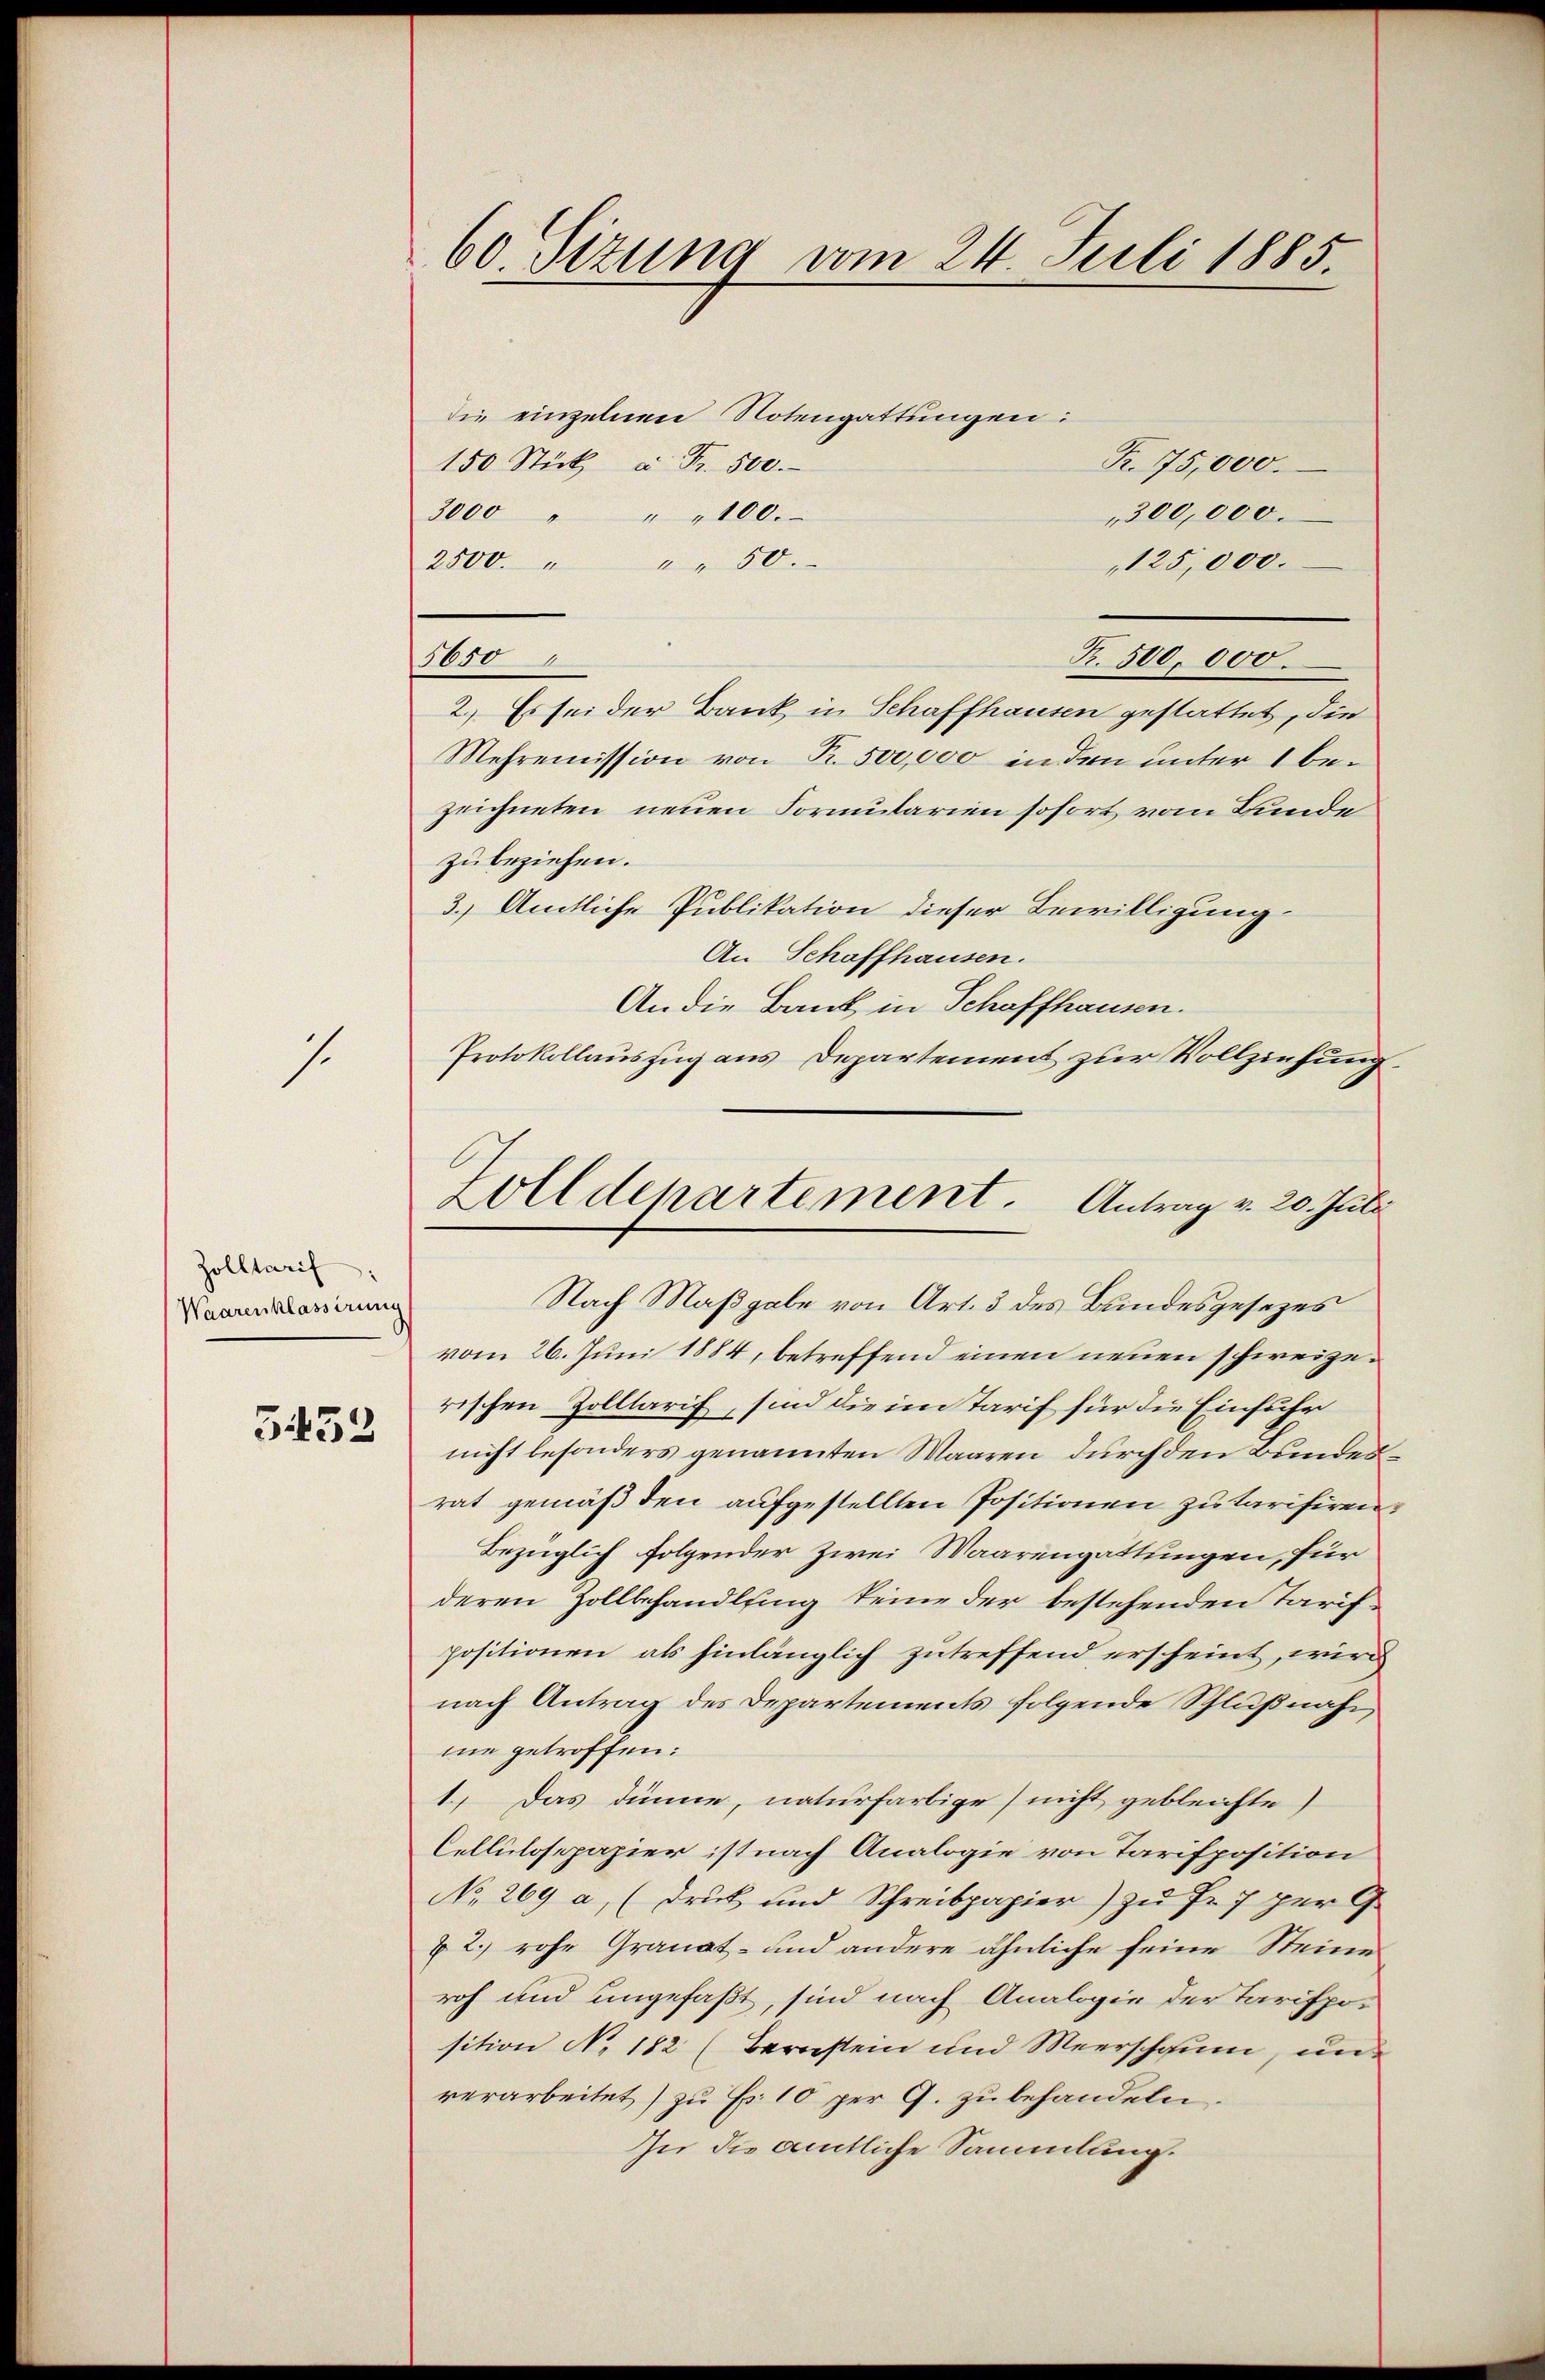
7.

Zolltarif
Waarenklassirung
3452

60. Sizung vom 24. Juli 1885.

die einzelnen Notengattungen:
R. 75,000.
150 Stück à Fr. 500.
3000 " " " 100.
300,000.
2500. " " " 50.
125,000.
R. 500,000.
2.) Es sei der Bank in Schaffhausen gestattet, die
Mehremission von Pr. 500,000 in den unter 1 bezeichneten neuen Formularien sofort vom Bunde
zu beziehen.
3. Amtliche Publikation dieser Bewilligung
An Schaffhausen.
An die Bank in Schaffhausen.
Protokollauszug aus Departement zur Vollziehung
Nach Maßgabe von Art. 3 des Bundesgesezes
vom 26. Juni 1884, betreffend einen neuen schweizerischen Zolltarif, sind die im Tarif für die Einfuhr
nicht besonders genannten Waaren durch den Bundes
rat gemäß den aufgestellten Positionen zu tarisiren
Bezüglich folgender zwei Waarengattungen, für
deren Zollbehandlsing keine der bestehenden Tarifpositionen als hinlänglich zutreffend erscheint, wird
nach Antrag des Departements folgende Schlußnahm
me getroffen:
1) Das dünne, naturfarbige nicht gebleichte
Cellulosepapier ist nach Analogie von Tarifposition
No 269 a, (Druck und Schreibpapier) zu Fr. 7 per G
22.) rohe Granat- und andere ähnliche seine Steine
roh und ungefaßt, sind nach Analogie der Tarifpor
sition No. 182 (Bernstein und Meerschaum, un
verarbeitet) zu Fr. 10 per G. zubehandeln.
In die amtliche Sammlung.

5650

Zolldepartement. Antrag v. 20. Juli